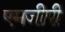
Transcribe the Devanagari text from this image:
एमजीपी